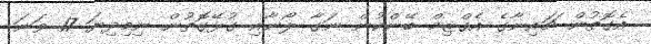
އެގޮތުން ޗައިނާގެ އެގްޒިމް ބޭންކުން ނަގާ ލޯނާއި ގުޅޭގޮތުން ނިމިދިޔަ 17 ވަނަ